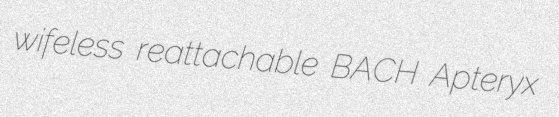
wifeless reattachable BACH Apteryx